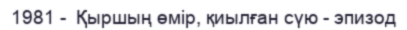
1981 -  Қыршың өмір, қиылған сүю - эпизод